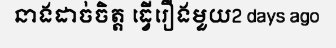
នាងដាច់ចិត្ត ធ្វើរឿងមួយ2 days ago